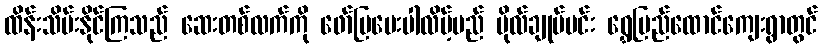
ထိန်းသိမ်းနိုင်ကြသည် ဆေးတစ်လက်ကို ဖော်ပြပေးပါလိမ့်မည် ဗိုလ်ချုပ်မင်း ရွှေပြည်ထောင်ကျေးရွာတွင်